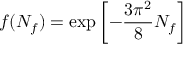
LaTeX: f ( N _ { f } ) = \exp \left[ - { \frac { 3 \pi ^ { 2 } } { 8 } } N _ { f } \right]